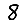
Digit: 8